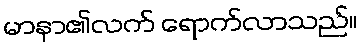
မာနာ၏လက် ရောက်လာသည်။